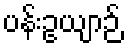
ပန်းဥယျာဉ်